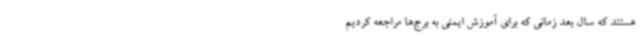
هستند که سال بعد زمانی که برای آموزش ایمنی به برج‌ها مراجعه کردیم